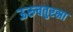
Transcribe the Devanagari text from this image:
ऊरुचतुरस्रा